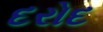
દરોદ